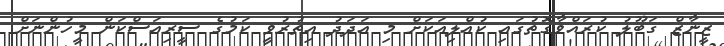
ޒީނާޒް ގަބޫލު ކުރައްވާގޮތުގައި ކުއްލިއަކަށް މި އަދަދު އިތުރުވީ ކަމުގެ ސީރިއަސްކަން މީހުންނަށް